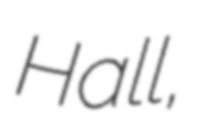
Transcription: Hall,